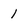
Character: 1